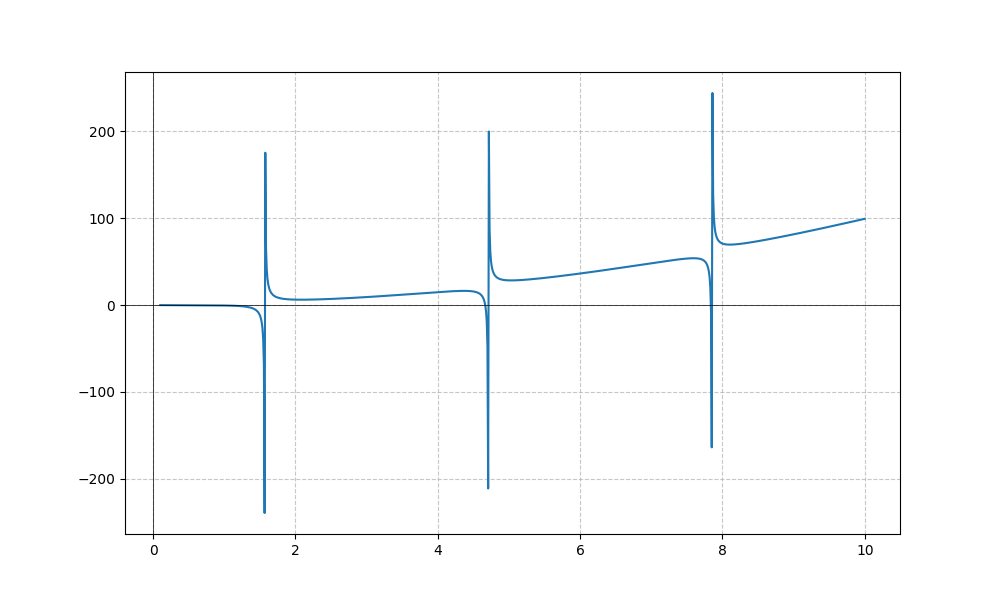
LaTeX formula: x^{2} - \tan{\left(x \right)}